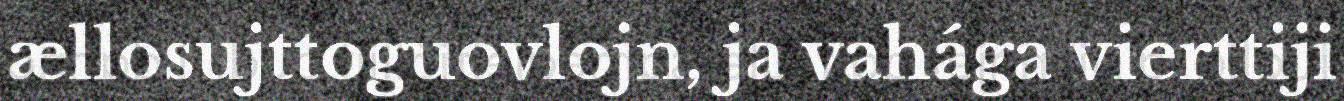
ællosujttoguovlojn, ja vahága vierttiji